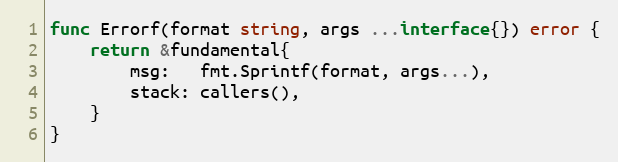
Language: Go
func Errorf(format string, args ...interface{}) error {
	return &fundamental{
		msg:   fmt.Sprintf(format, args...),
		stack: callers(),
	}
}